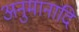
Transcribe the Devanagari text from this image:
अनुमानादि